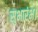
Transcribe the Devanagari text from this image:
सुभारंभ।